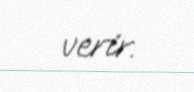
verir.